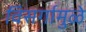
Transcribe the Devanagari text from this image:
विसर्गामुळे